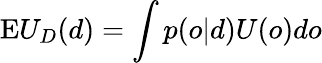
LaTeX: {\mathrm{E}}U_{D}(d)=\int{p(o|d)U(o)do}